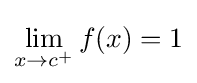
\lim _{x\to c^{+}}f(x)=1